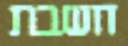
חשבת